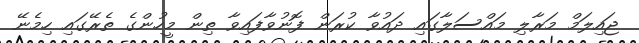
ޖައިލަމް މަރާލި މައްސަލާގައި ދައުވާ ކުރަން ފޮނުވާފައިވާ ތިން މީހުންގެ ތެރޭގައި ހިމެނޭ